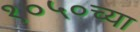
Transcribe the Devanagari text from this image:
१०५०च्या